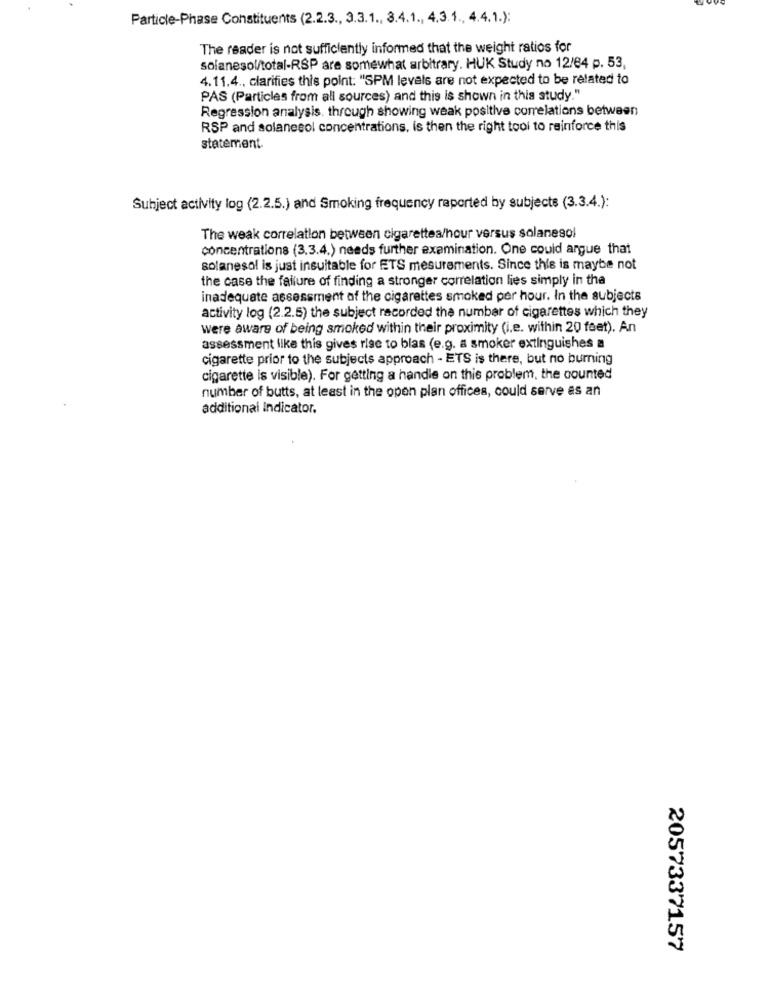
Particle-Phase Constituents (2.2.3 ., 3.3.1 ., 3.4.1 ., 4.3.1 ., 4.4.1.):
The reader is not sufficiently informed that the weight ratios for
solanesol/total-RSP are somewhat arbitrary. HUK Study no 12/84 p. 53,
4.11.4 ., clarifies this point: "SPM levels are not expected to be related to
PAS (Particles from all sources) and this is shown in this study."
Regression analysis, through showing weak positive correlations between
RSP and solanesol concentrations, is then the right tool to reinforce this
statement.
Subject activity log (2.2.5.) and Smoking frequency reported by subjects (3.3.4.):
The weak correlation between cigarettea/hour versus solanesol
concentrations (3.3.4.) needs further examination. One could argue that
solanesol is just insuitable for ETS mesurements. Since this is maybe not
the case the failure of finding a stronger correlation lies simply in tha
inadequate assessment of the cigarettes smoked per hour. In the subjects
activity log (2.2.5) the subject recorded the number of cigarettes which they
were aware of being smoked within their proximity (i.e. within 20 feet). An
assessment like this gives rise to blas (e.g. a smoker extinguishes a
cigarette prior to the subjects approach - ETS is there, but no burning
cigarette is visible). For getting a handle on this problem, the counted
number of butts, at least in the open plan offices, could serve as an
additional Indicator.
2057337157